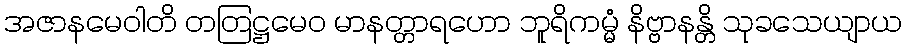
အဇာနမေဝါတိ တတြဋ္ဌမေဝ မာနတ္တာရဟော ဘူရိကမ္မံ နိဗ္ဗာနန္တိ သုခသေယျာယ